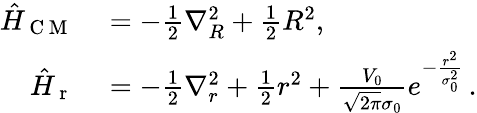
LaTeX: \begin{array}{rl}{\hat{H}_{\mathrm{~C~M~}}}&{{}=-\frac{1}{2}\nabla_{R}^{2}+\frac{1}{2}R^{2},}\\ {\hat{H}_{\mathrm{~r~}}}&{{}=-\frac{1}{2}\nabla_{r}^{2}+\frac{1}{2}r^{2}+\frac{V_{0}}{\sqrt{2\pi}\sigma_{0}}e^{-\frac{r^{2}}{\sigma_{0}^{2}}}\, .}\end{array}